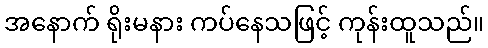
အနောက် ရိုးမနား ကပ်နေသဖြင့် ကုန်းထူသည်။